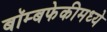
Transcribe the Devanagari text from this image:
बॉम्बफेकीमध्ये